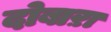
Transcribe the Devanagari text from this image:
दोबाऱा